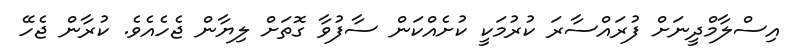
އިސްލާމްދީނަށް ފުރައްސާރަ ކުރުމަކީ ކުށެއްކަން ސާފުވާ ގޮތަށް ލިޔާން ޖެހެއެވެ. ކުރާން ޖެހޭ